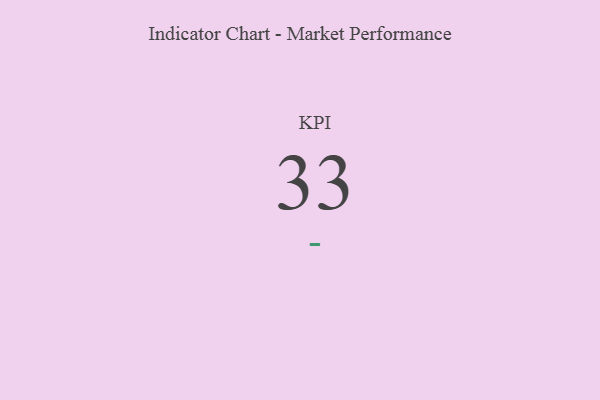
{"axis": {"x": "KPI", "y": "Value"}, "legend": [""], "data": [{"x": "KPI", "y": 33, "type": ""}]}